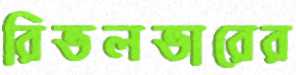
রিভলভারের